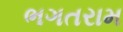
ભગતરામ